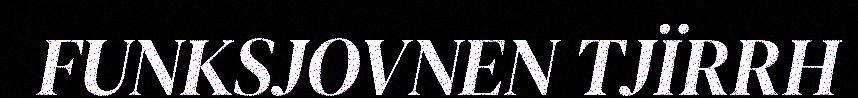
FUNKSJOVNEN TJÏRRH